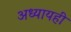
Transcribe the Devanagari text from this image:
अध्यायही